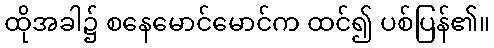
ထိုအခါ၌ စနေမောင်မောင်က ထင်၍ ပစ်ပြန်၏။